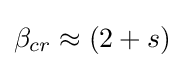
\beta _{cr}\approx (2+s)